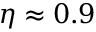
\eta \approx 0 . 9